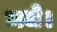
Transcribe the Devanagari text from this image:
भजे।